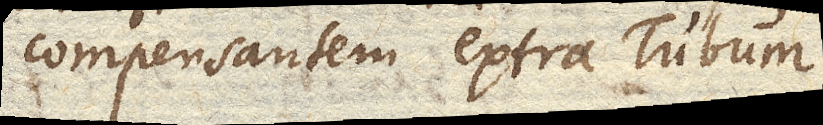
compensantem extra Tubum